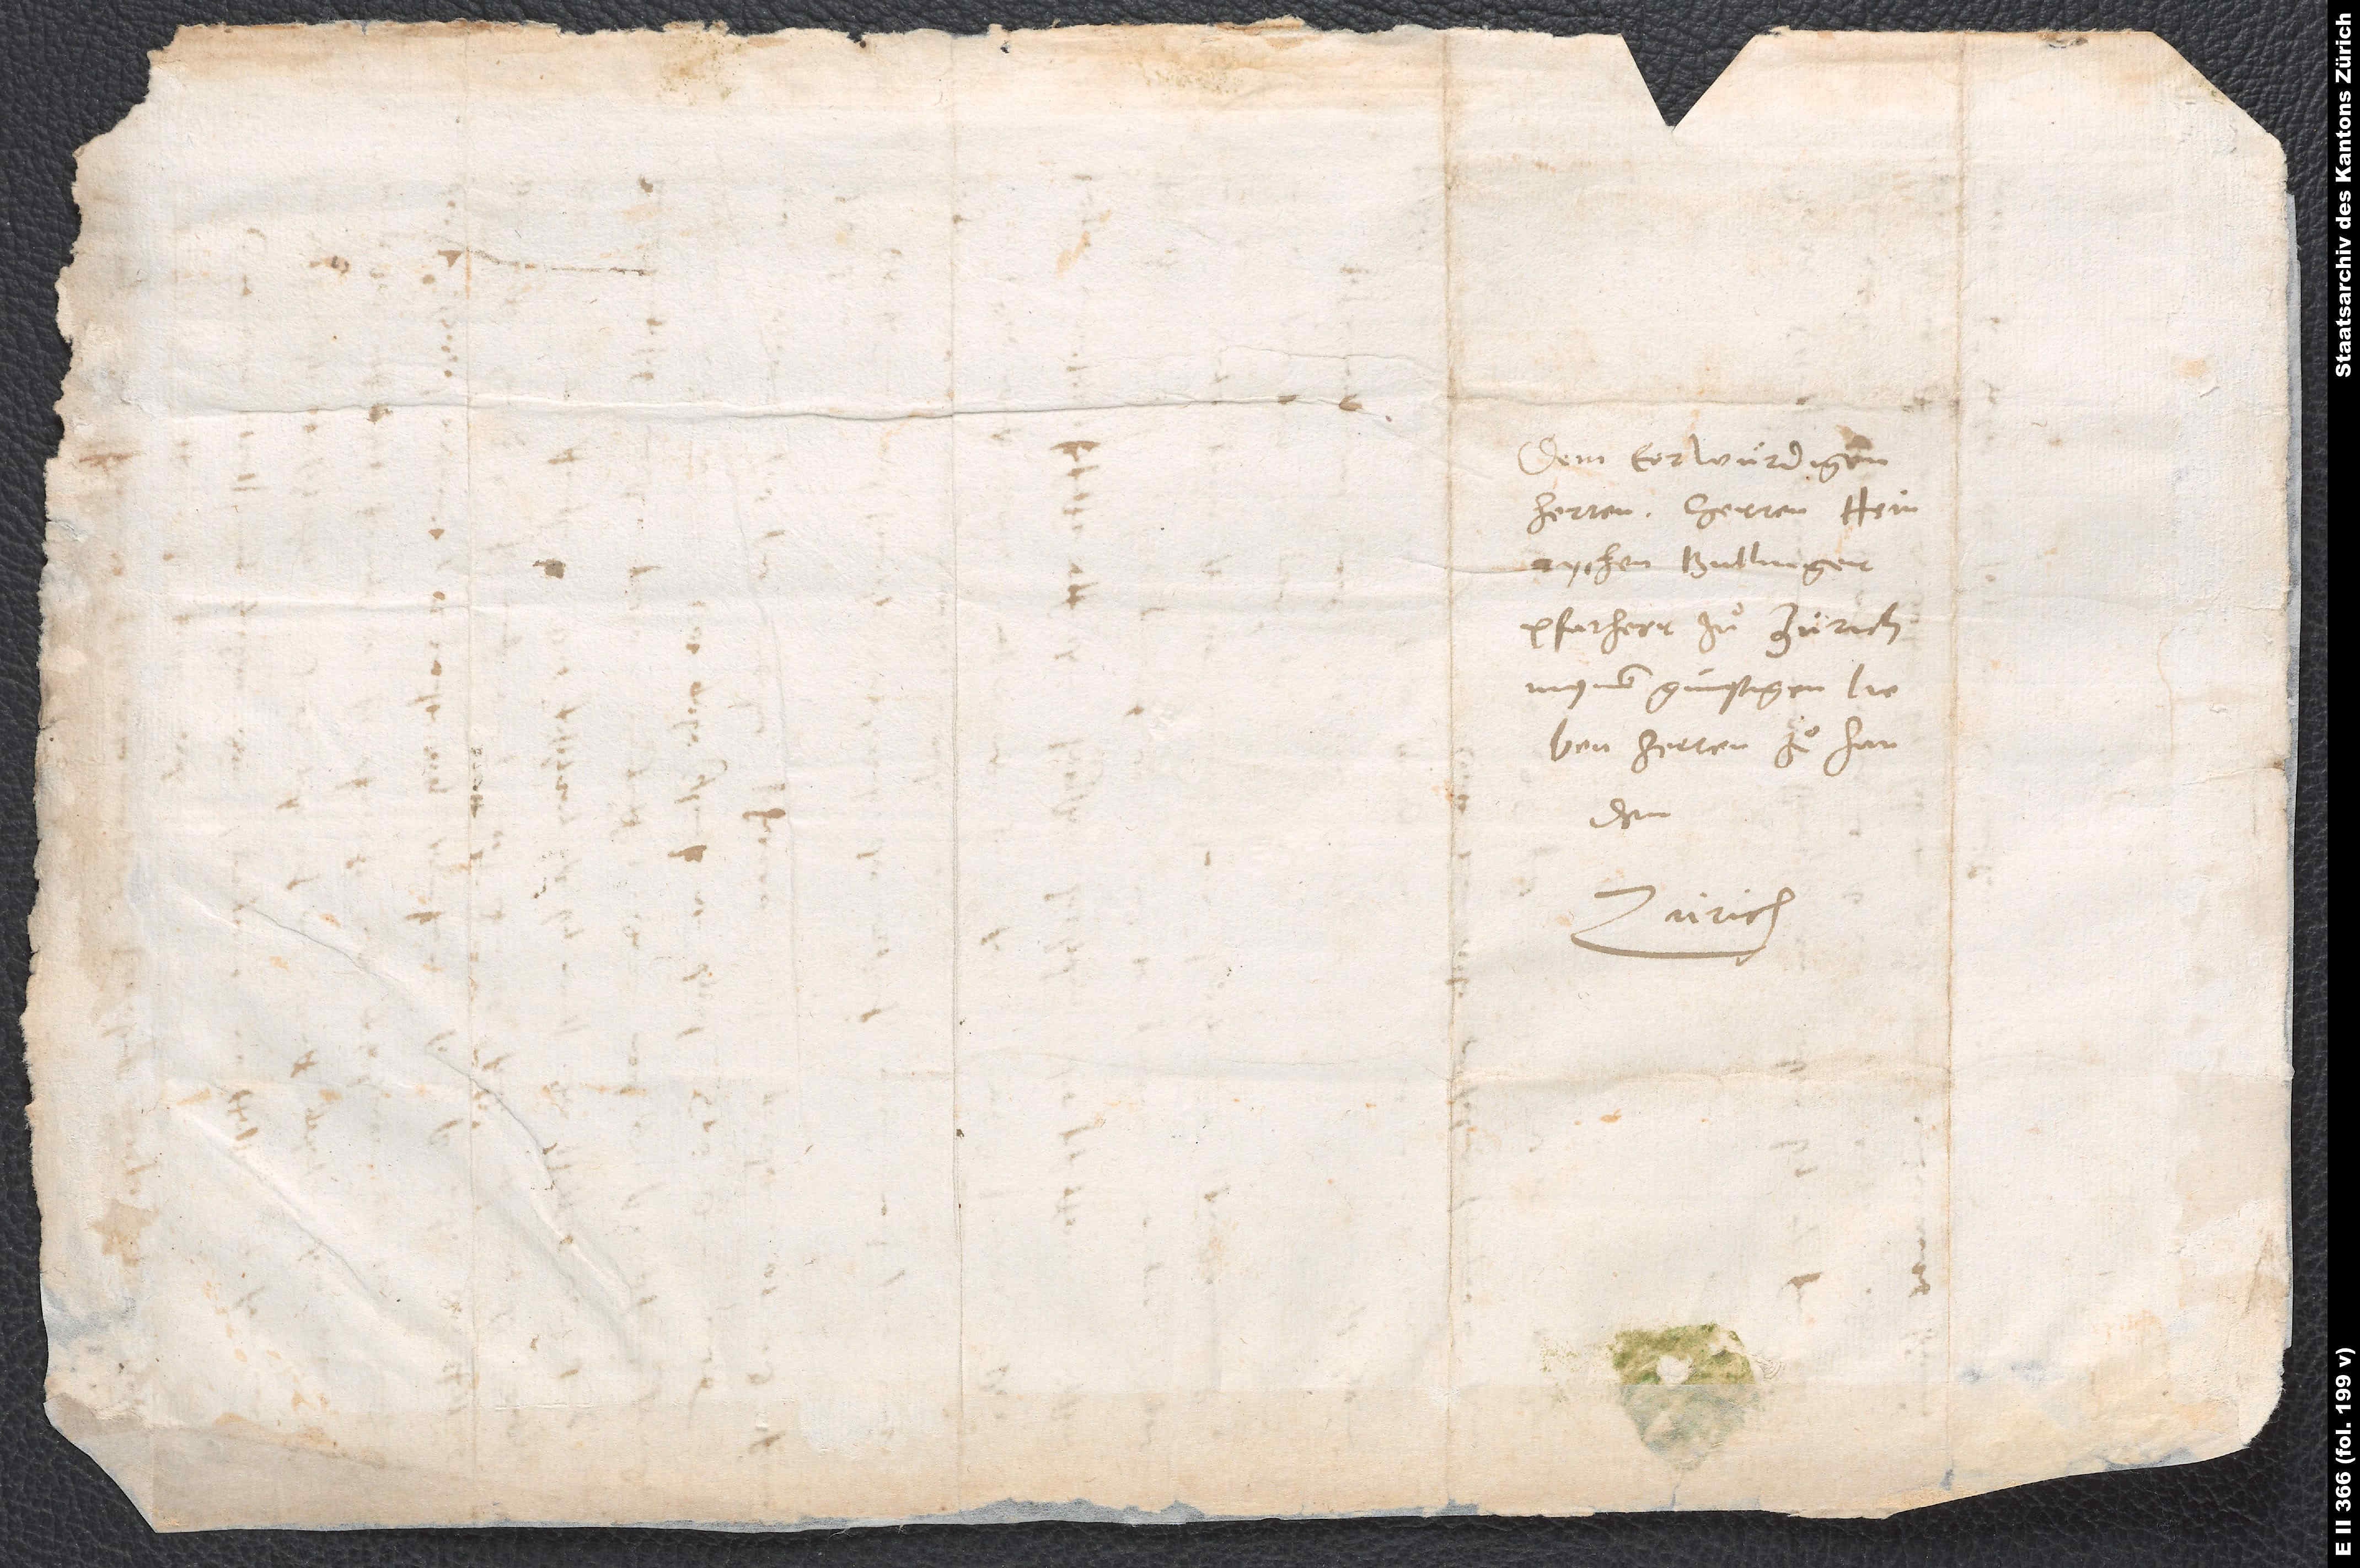
Dem erwuͤrdigen
herren, herren Heinrychen
pfarherr zuͦ Zürich,
mynem gunstigen, lieben
herren, zuͦ handen.
Zürich.